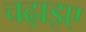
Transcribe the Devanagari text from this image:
चढ़ाइए